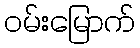
ဝမ်းမြောက်